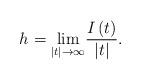
LaTeX: \begin{align*}h_{}=\underset{\left\vert t\right\vert \rightarrow\infty}{\lim}\frac{I\left( t\right) }{\left\vert t\right\vert }. \end{align*}